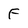
Character: F